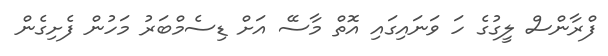
ފްރާންސް ލީގުގެ ހަ ވަނައިގައި އޮތް މާސޭ އަށް ޑިސެމްބަރު މަހުން ފެށިގެން